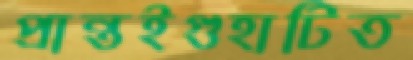
প্রান্তইগুহাটিত